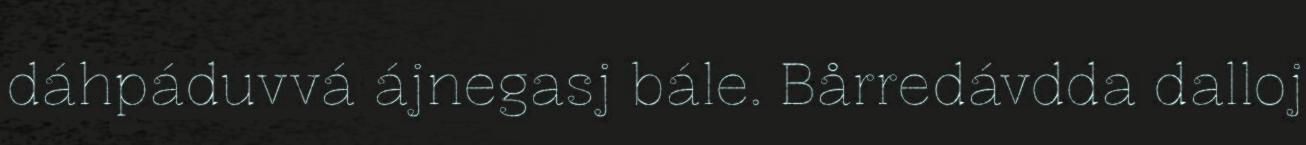
dáhpáduvvá ájnegasj bále. Bårredávdda dalloj